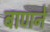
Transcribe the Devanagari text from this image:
बाणने